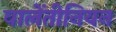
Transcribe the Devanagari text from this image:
वालेंतीनियन